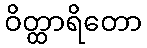
ဝိတ္ထာရိတော